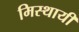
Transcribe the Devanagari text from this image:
मिस्थायी